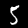
Label: 5